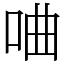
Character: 㖆